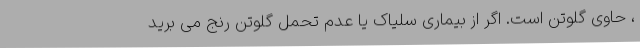
، حاوی گلوتن است. اگر از بیماری سلیاک یا عدم تحمل گلوتن رنج می برید